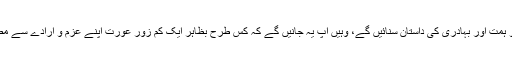
صابریہ حسین کی زندگی کے مختلف ادوار اور حالات جہاں آپ کو ہمّت اور بہادری کی داستان سنائیں گے، وہیں آپ یہ جانیں گے کہ کس طرح بظاہر ایک کم زور عورت اپنے عزم و ارادے سے مصائب اور مشکلات کو شکست دے کر دوسروں کے لیے مثال بنی۔